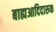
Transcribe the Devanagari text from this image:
बाह्यआदिदारुक